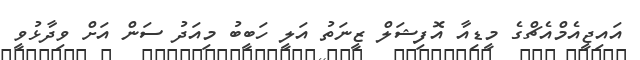
އައިޖީއެމްއެޗްގެ މީޑިއާ އޮފިޝަލް ޒީނަތު އަލީ ހަބީބު މިއަދު ސަން އަށް ވިދާޅުވީ